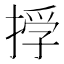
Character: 𢰏